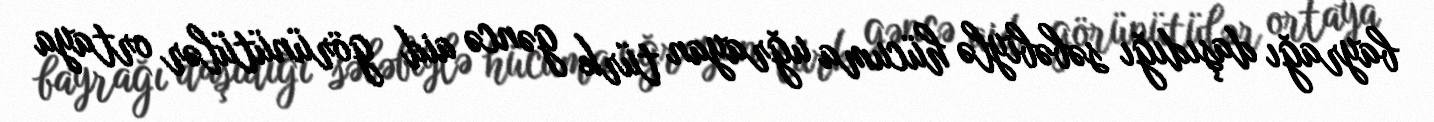
bayrağı daşıdığı səbəbiylə hücuma uğrayan türk gəncə aid görünütülər ortaya